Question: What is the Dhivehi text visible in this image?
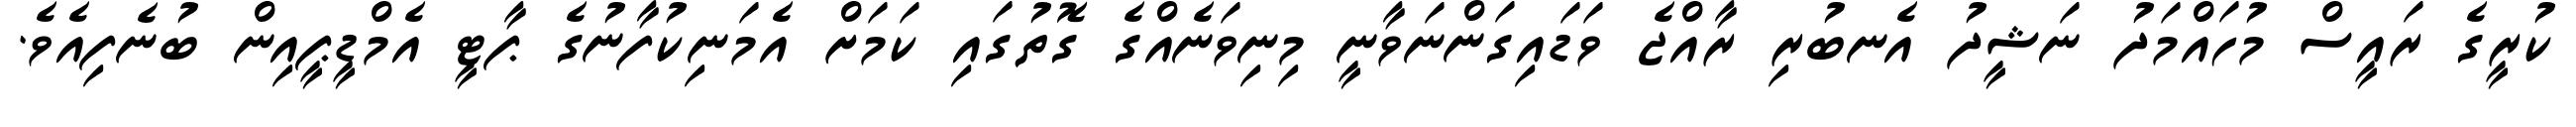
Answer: ކުރީގެ ރައީސް މުހައްމަދު ނަޝީދު އެނބުރި ރާއްޖެ ވަޑައިގަންނަވާނީ މިނިވަނެއްގެ ގޮތުގައި ކަމަށް އެމަނިކުފާނުގެ ޕާޓީ އެމްޑީޕީއިން ބުނެފިއެވެ.